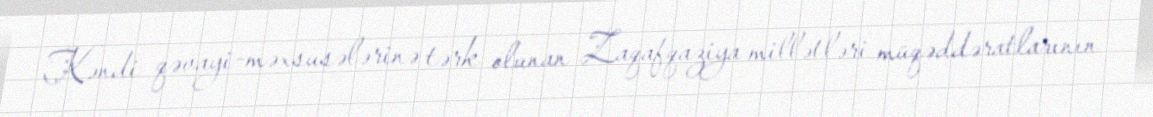
Kəndi qəvayi-məxsusələrinə tərk olunan Zaqafqaziya millətləri müqəddəratlarının